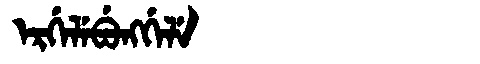
Manchu: ᡝᡵᡤᡝᠯᡝᠪᡠᠩᡤᡝᠯᡝ
Romanization: ERGELEBUNGGELE